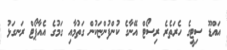
އައްޑޫ ސިޓީގެ ހެރަތެރެ ރިސޯޓް އޭނާގެ ކުންފުންޏަކުން ގަތުމާއި ގަމުގެ އެއާޕޯޓް ރަނގަޅު